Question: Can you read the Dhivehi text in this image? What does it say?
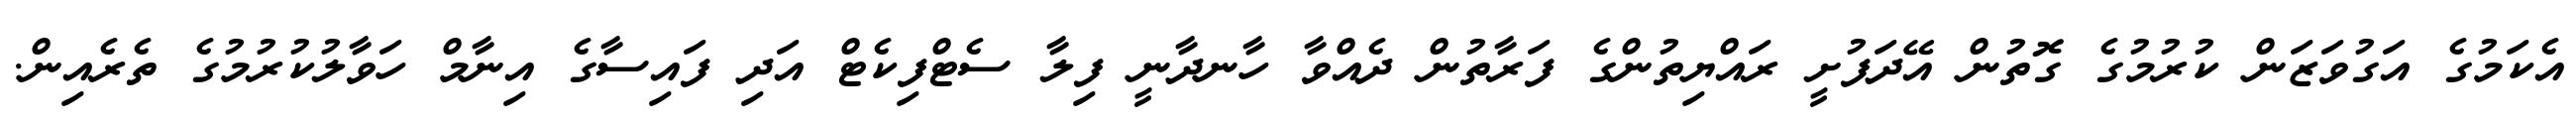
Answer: އެކަމުގެ އަގުވަޒަން ކުރުމުގެ ގޮތުން އޭދަފުށީ ރައްޔިތުންގެ ފަރާތުން ދެއްވާ ހާނދާނީ ފިލާ ސެޓްފިކެޓް އަދި ފައިސާގެ އިނާމް ހަވާލުކުރުމުގެ ތެރެއިން.